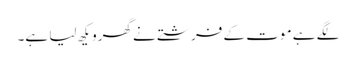
لگے ہے موت کے فرشتے نے گھرویکھ لیا ہے۔